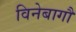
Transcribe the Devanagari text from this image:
विनेबागौ